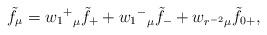
LaTeX: \begin{align*}\tilde{f}_\mu = {{w_1}^+}_\mu \tilde{f}_+ + {{w_1}^-}_\mu \tilde{f}_- + {w_{r^{-2}}}_\mu \tilde{f}_{0+},\end{align*}